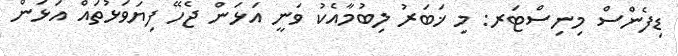
ޑިފެންސް މިނިސްޓަރ: މި ޚަބަރު ލިބުމާއެކު ވަނީ އަޅަން ޖެހޭ ފިޔަވަޅުތައް އަޅަން